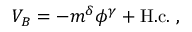
V _ { B } = - m ^ { \delta } \phi ^ { \gamma } + \mathrm { H . c . } \ ,